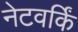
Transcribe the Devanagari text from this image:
नेटवर्किं